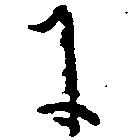
に